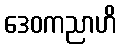
ဒေဝကညာဟိ